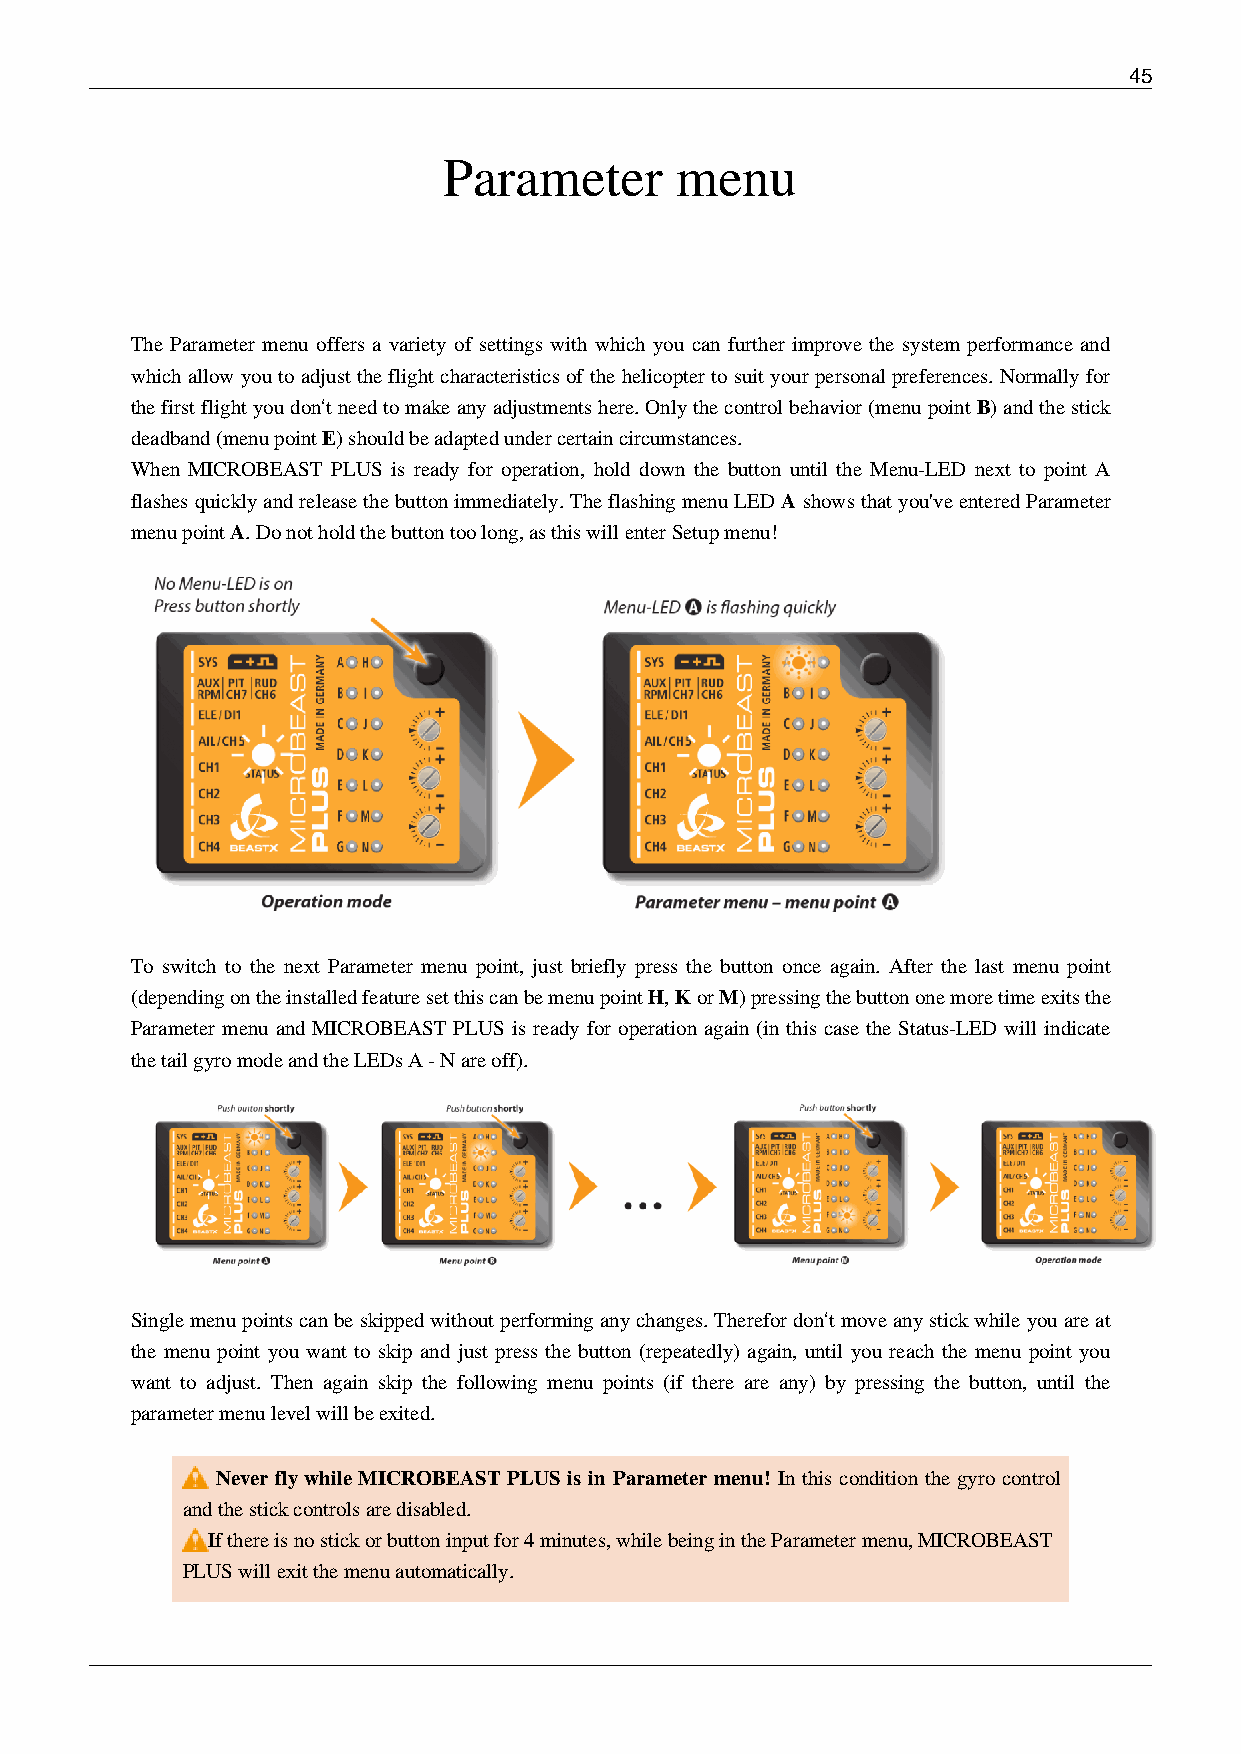
45
 Parameter       menu
 The Parameter menu offers a variety of settings with which you can further improve the system performance and
 which allow you to adjust the flight characteristics of the helicopter to suit your personal preferences. Normally for
 the first flight you don‘t need to make any adjustments here. Only the control behavior (menu point B) and the stick
 deadband (menu point E) should be adapted under certain circumstances.
 When MICROBEAST PLUS is ready for operation, hold down the button until the Menu-LED next to point A
 flashes quickly and release the button immediately. The flashing menu LED A shows that you've entered Parameter
 menu point A. Do not hold the button too long, as this will enter Setup menu!
 To switch to the next Parameter menu point, just briefly press the button once again. After the last menu point
 (depending on the installed feature set this can be menu point H, K or M) pressing the button one more time exits the
 Parameter menu and MICROBEAST PLUS is ready for operation again (in this case the Status-LED will indicate
 the tail gyro mode and the LEDs A - N are off).
 Single menu points can be skipped without performing any changes. Therefor don‘t move any stick while you are at
 the menu point you want to skip and just press the button (repeatedly) again, until you reach the menu point you
 want to adjust. Then again skip the following menu points (if there are any) by pressing the button, until the
 parameter menu level will be exited.
 Never fly while MICROBEAST PLUS is in Parameter menu! In this condition the gyro control
 and the stick controls are disabled.
 If there is no stick or button input for 4 minutes, while being in the Parameter menu, MICROBEAST
 PLUS will exit the menu automatically.